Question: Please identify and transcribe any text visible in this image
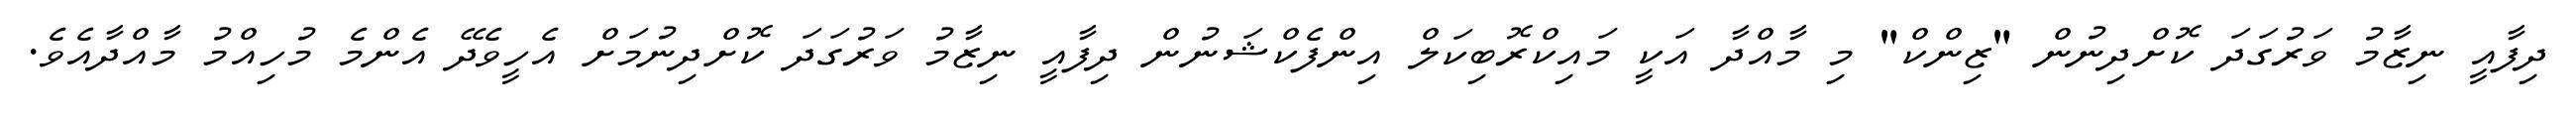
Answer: ދިފާއީ ނިޒާމު ވަރުގަދަ ކޮށްދިނުން "ޒިންކް" މި މާއްދާ އަކީ މައިކްރޮބިކަލް އިންފެކްޝަނުން ދިފާއީ ނިޒާމު ވަރުގަދަ ކޮށްދިނުމަށް އެހީވެދޭ އެންމެ މުހިއްމު މާއްދާއެވެ.